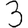
Digit: 3